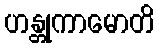
ဟန္တုကာမောတိ